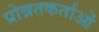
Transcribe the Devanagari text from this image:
प्रोन्नतकर्ताओं